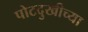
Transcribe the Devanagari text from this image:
पोटदुखीच्या